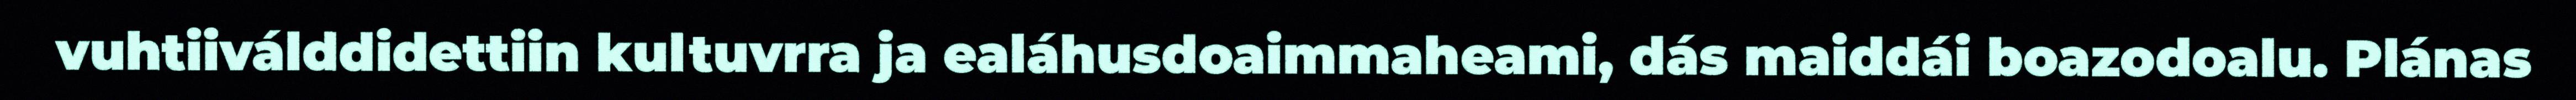
vuhtiiválddidettiin kultuvrra ja ealáhusdoaimmaheami, dás maiddái boazodoalu. Plánas